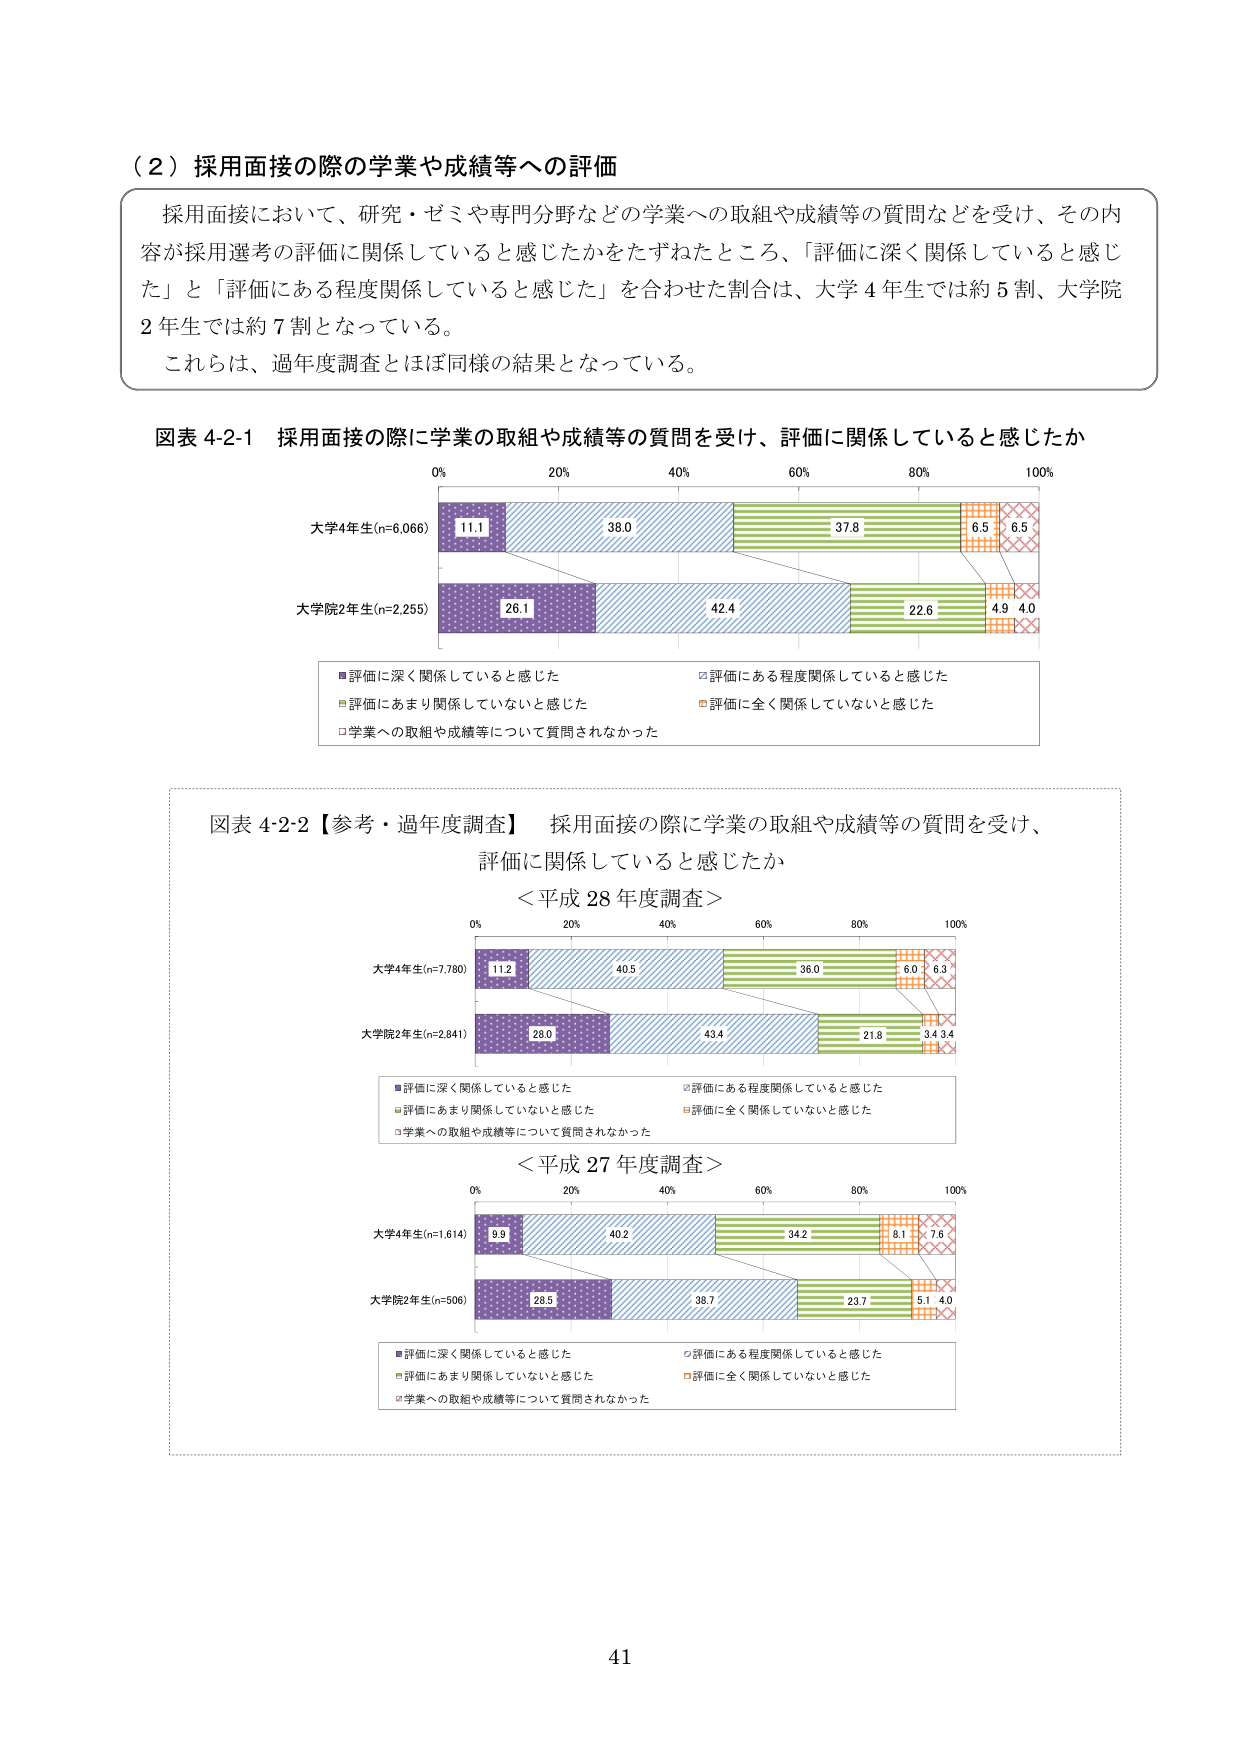
（２）採用面接の際の学業や成績等への評価

採用面接において、研究・ゼミや専門分野などの学業への取組や成績等の質問などを受け、その内容が採用選考の評価に関係していると感じたかをたずねたところ、「評価に深く関係していると感じた」と「評価にある程度関係していると感じた」を合わせた割合は、大学４年生では約５割、大学院２年生では約７割となっている。
これらは、過年度調査とほぼ同様の結果となっている。

図表 4-2-1 採用面接の際に学業の取組や成績等の質問を受け、評価に関係していると感じたか

0% 20% 40% 60% 80% 100%

大学4年生(n=6,066)
11.1 38.0 37.8 6.5 6.5

大学院2年生(n=2,255)
26.1 42.4 22.6 4.9 4.0

■評価に深く関係していると感じた
□評価にある程度関係していると感じた
■評価にあまり関係していないと感じた
■評価に全く関係していないと感じた
□学業への取組や成績等について質問されなかった

図表 4-2-2【参考・過年度調査】 採用面接の際に学業の取組や成績等の質問を受け、評価に関係していると感じたか

＜平成 28 年度調査＞

0% 20% 40% 60% 80% 100%

大学4年生(n=7,780)
11.2 40.5 36.0 6.0 6.3

大学院2年生(n=2,841)
28.0 43.4 21.8 3.4 3.4

■評価に深く関係していると感じた
□評価にある程度関係していると感じた
■評価にあまり関係していないと感じた
■評価に全く関係していないと感じた
□学業への取組や成績等について質問されなかった

＜平成 27 年度調査＞

0% 20% 40% 60% 80% 100%

大学4年生(n=1,614)
9.9 40.2 34.2 8.1 7.6

大学院2年生(n=506)
28.5 38.7 23.7 5.1 4.0

■評価に深く関係していると感じた
□評価にある程度関係していると感じた
■評価にあまり関係していないと感じた
■評価に全く関係していないと感じた
□学業への取組や成績等について質問されなかった

41